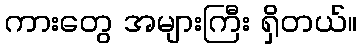
ကားတွေ အများကြီး ရှိတယ်။